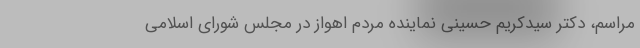
مراسم، دکتر سیدکریم حسینی نماینده مردم اهواز در مجلس شورای اسلامی